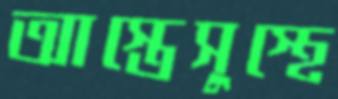
আস্তেসুস্থে